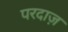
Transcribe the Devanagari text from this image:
परदाज़